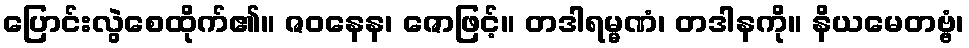
ပြောင်းလွဲစေထိုက်၏။ ဇဝနေန၊ ဇောဖြင့်။ တဒါရမ္မဏံ၊ တဒါနကို။ နိယမေတဗ္ဗံ၊